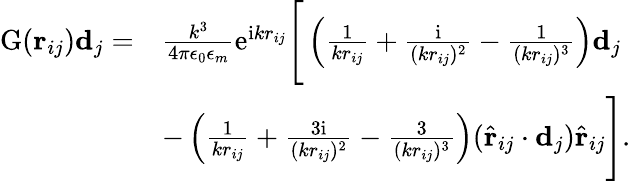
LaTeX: \begin{array}{rl}{\mathrm{G}(\mathbf{r}_{ij})\mathbf{d}_{j}=}&{\frac{k^{3}}{4\pi\epsilon_{0}\epsilon_{m}}\mathrm{e}^{\mathrm{i}kr_{ij}}\Bigg[\left(\frac{1}{kr_{ij}}+\frac{\mathrm{i}}{(kr_{ij})^{2}}-\frac{1}{(kr_{ij})^{3}}\right)\mathbf{d}_{j}}\\ &{-\left(\frac{1}{kr_{ij}}+\frac{3\mathrm{i}}{(kr_{ij})^{2}}-\frac{3}{(kr_{ij})^{3}}\right)(\hat{\mathbf{r}}_{ij}\cdot\mathbf{d}_{j})\hat{\mathbf{r}}_{ij}\Bigg].}\end{array}